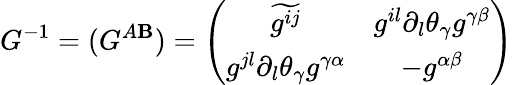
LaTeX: G^{-1}=(G^{A\mathbf{B}})=\left(\begin{array}{cc}{{\widetilde{{g}^{ij}}}}&{{g^{il}\partial_{l}\theta_{\gamma}g^{\gamma\beta}}}\\ {{g^{jl}\partial_{l}\theta_{\gamma}g^{\gamma\alpha}}}&{{-g^{\alpha\beta}}}\end{array}\right)